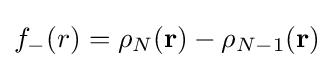
f_{-}(r)=\rho _{N}({\textbf {r}})-\rho _{N-1}({\textbf {r}})